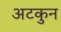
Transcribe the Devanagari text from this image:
अटकुन